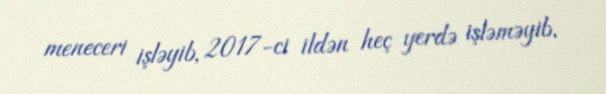
meneceri işləyib, 2017-ci ildən heç yerdə işləməyib.